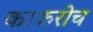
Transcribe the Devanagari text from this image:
काकरोच